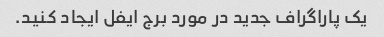
یک پاراگراف جدید در مورد برج ایفل ایجاد کنید.